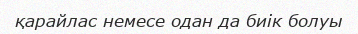
қарайлас немесе одан да биік болуы